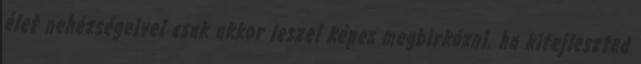
élet nehézségeivel csak akkor leszel képes megbirkózni, ha kifejleszted